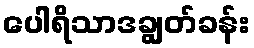
ပေါရိသာဒချွတ်ခန်း